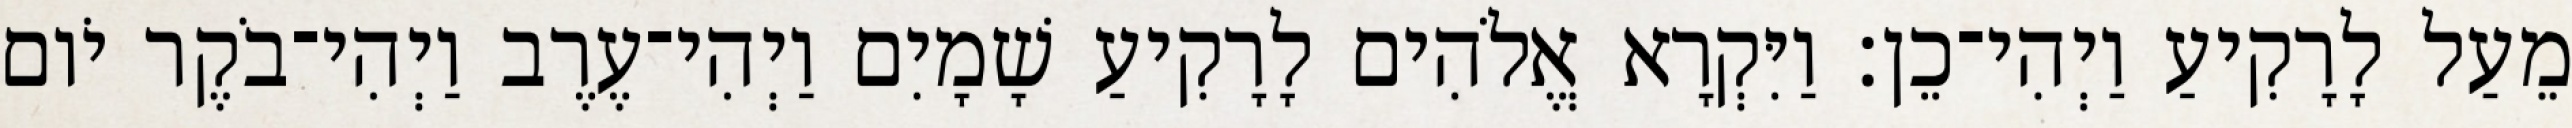
מֵעַל לָרָקִיעַ וַיְהִי־כֵן׃ וַיִּקְרָא אֱלֹהִים לָרָקִיעַ שָׁמָיִם וַיְהִי־עֶרֶב וַיְהִי־בֹקֶר יֹום